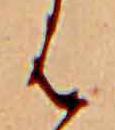
は